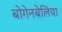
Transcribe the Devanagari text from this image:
बोगेनबेलिया